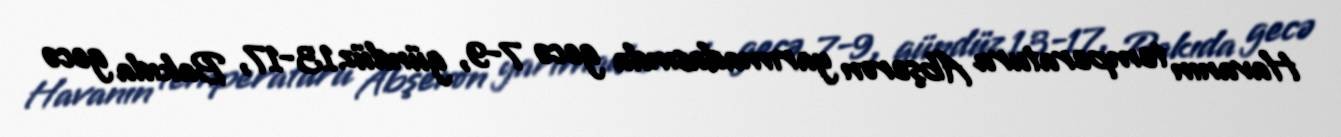
Havanın temperaturu Abşeron yarımadasında gecə 7-9, gündüz 13-17, Bakıda gecə